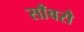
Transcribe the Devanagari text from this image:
साँवरौ